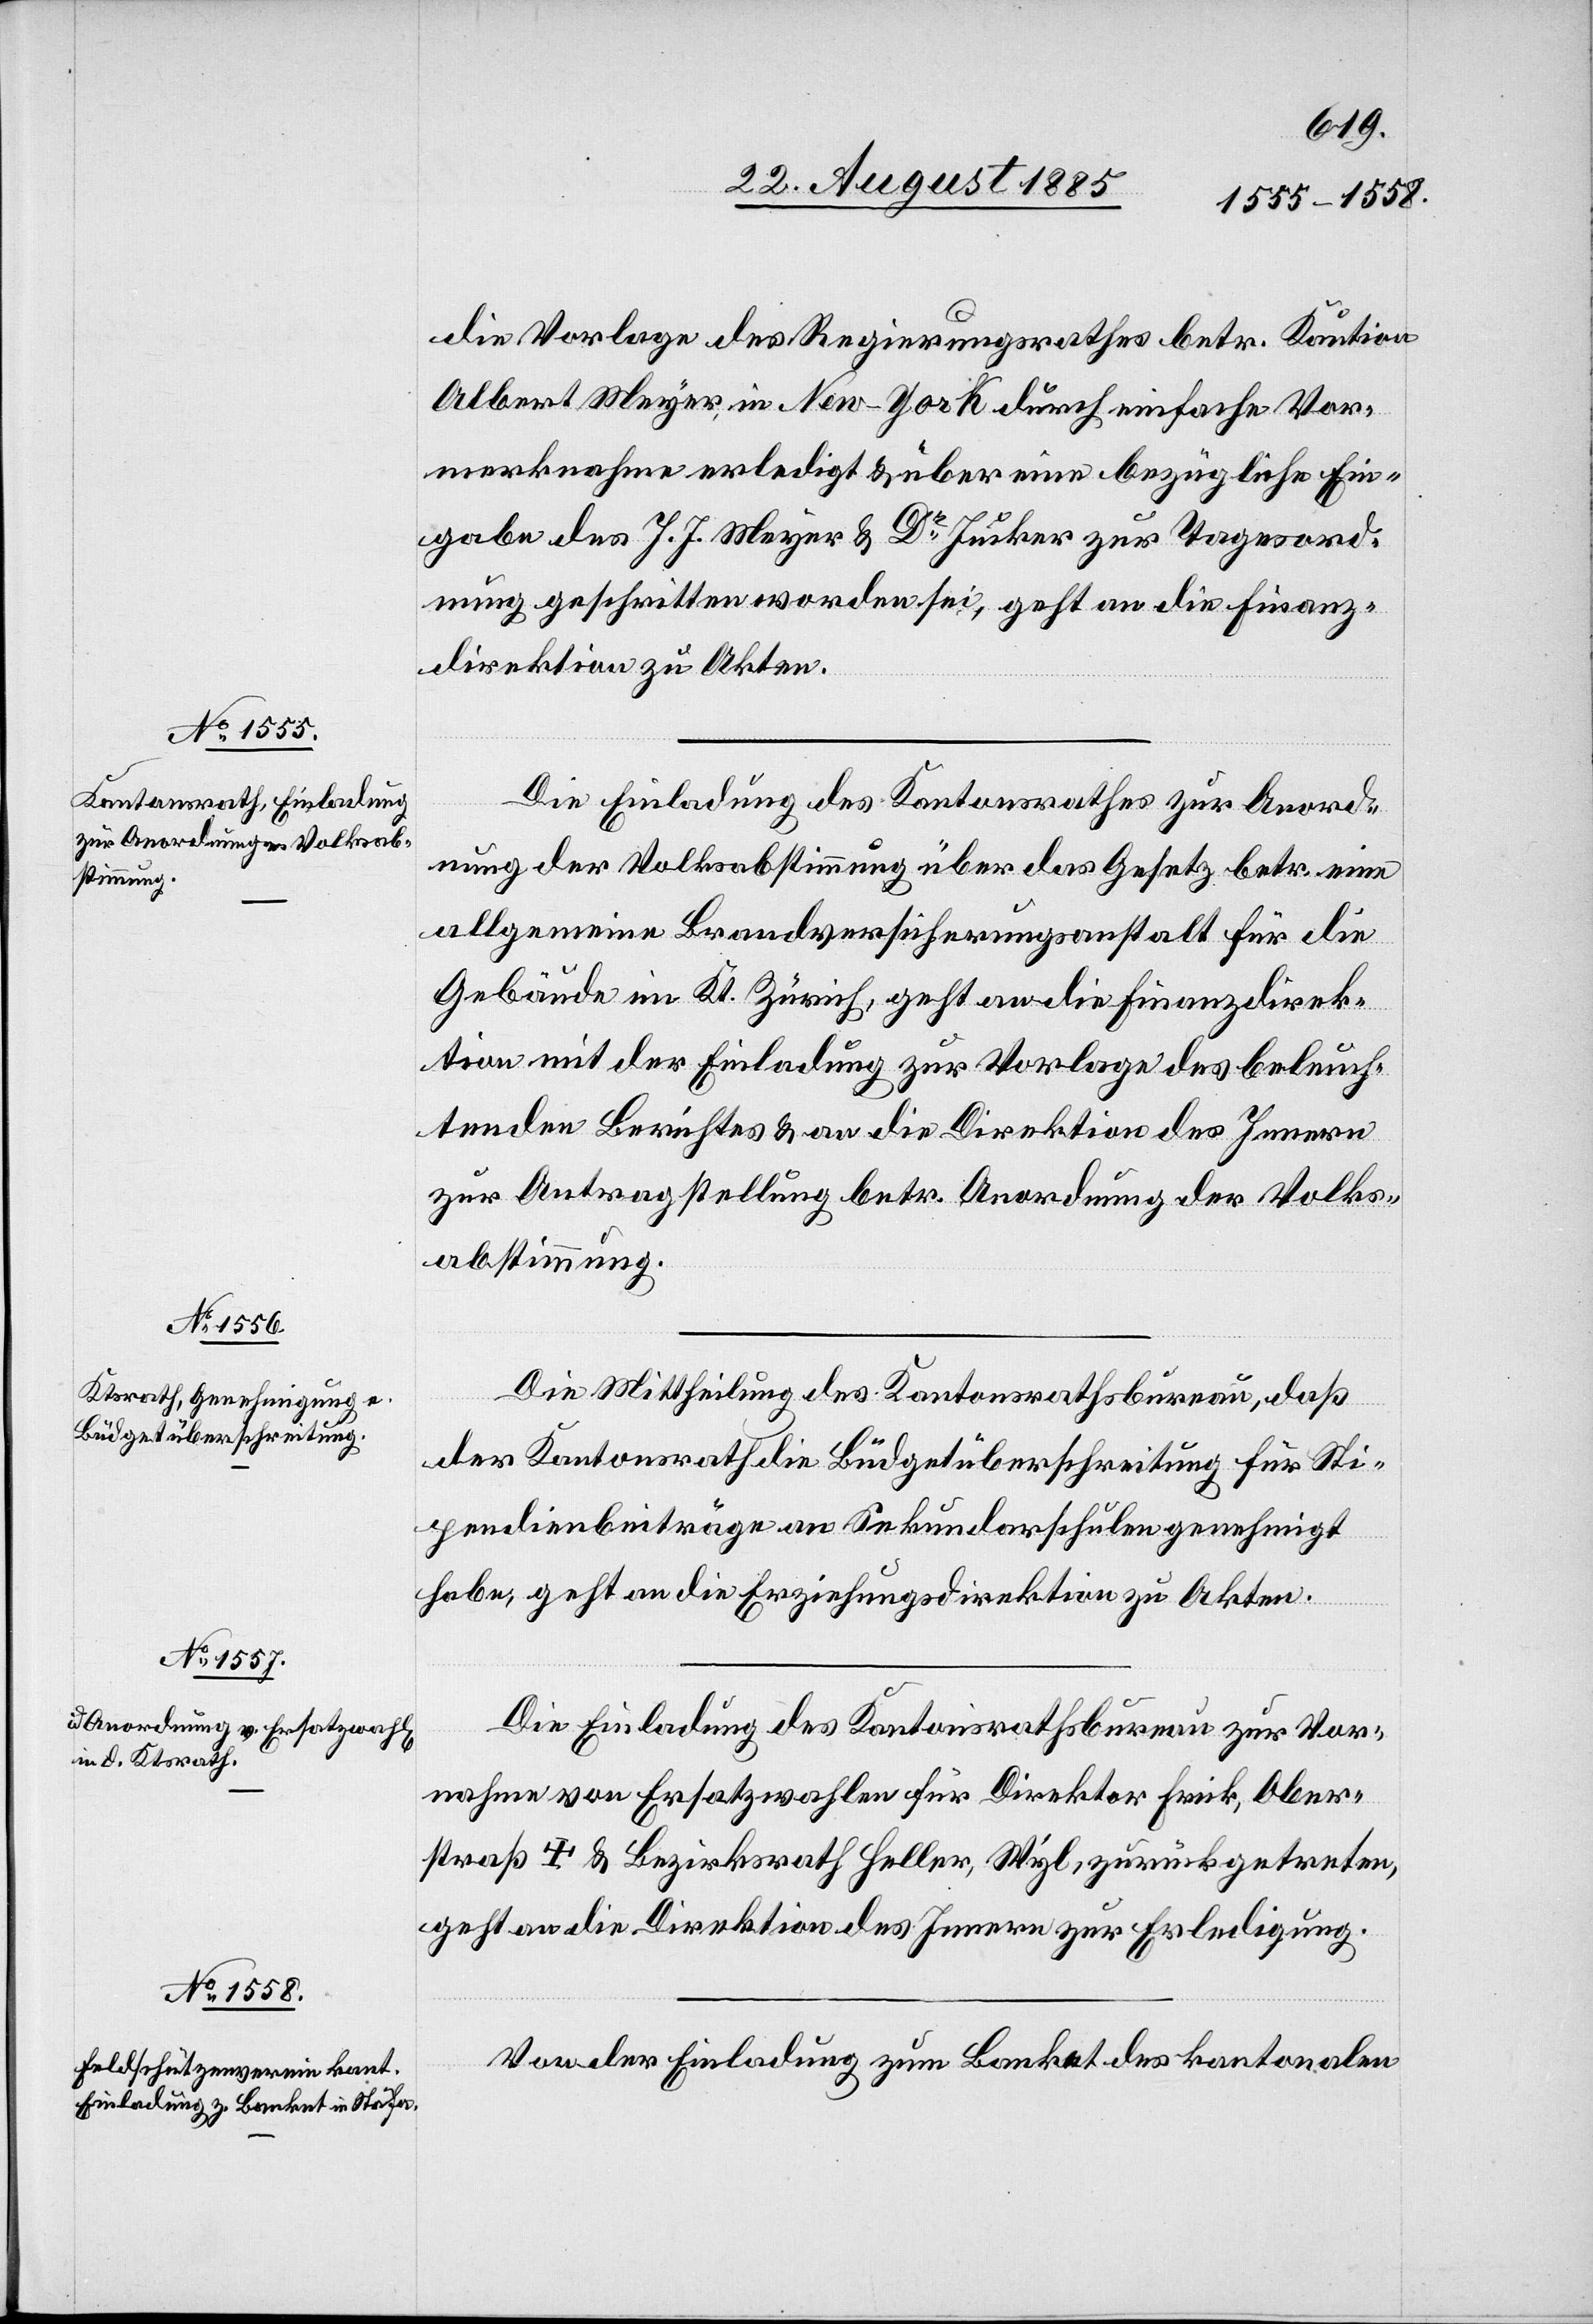
die Vorlage des Regierungsrathes betr. Kaution
Albert Meyer [sic!], in New-York durch einfache Vor¬
merknahme erledigt & über eine bezügliche Ein¬
gabe des J. J. Meyer & Dr Jucker zur Tagesord¬
nung geschritten worden sei, geht an die Finanz¬
direktion zu Akten.
Die Einladung des Kantonsrathes zur Anord¬
nung der Volksabstimmung über das Gesetz betr. eine
allgemeine Brandversicherungsanstalt für die
Gebäude im Kt. Zürich, geht an die Finanzdirek¬
tion mit der Einladung zur Vorlage des beleuch¬
tenden Berichtes & an die Direktion des Innern
zur Antragstellung betr. Anordnung der Volks¬
abstimmung.
Die Mittheilung des Kantonsrathsbureau, daß
der Kantonsrath die Büdgetüberschreitung für Sti¬
pendienbeiträge an Sekundarschulen genehmigt
habe, geht an die Erziehungsdirektion zu Akten.
Die Einladung des Kantonsrathsbureau zur Vor¬
nahme von Ersatzwahlen für Direktor Frick, Ober¬
straß † & Bezirksrath Heller, Wyl, zurückgetreten,
geht an die Direktion des Innern zur Erledigung.
Von der Einladung zum Banket des kantonalen